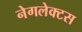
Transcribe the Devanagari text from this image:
नेगलेक्टस